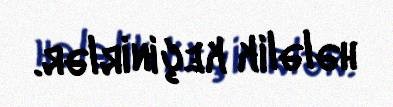
hələlik keçinirlər.